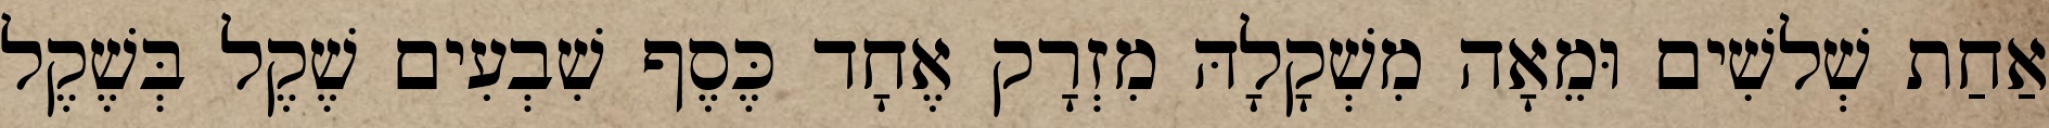
אַחַת שְׁלשִׁים וּמֵאָה מִשְׁקָלָהּ מִזְרָק אֶחָד כֶּסֶף שִׁבְעִים שֶׁקֶל בְּשֶׁקֶל